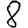
Digit: 8